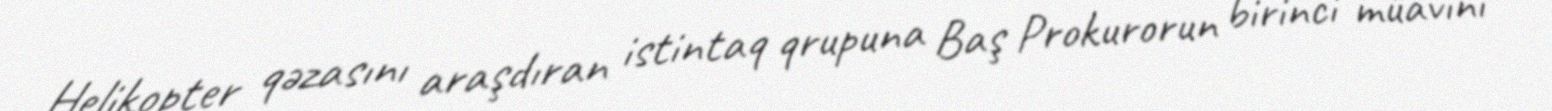
Helikopter qəzasını araşdıran istintaq qrupuna Baş Prokurorun birinci müavini